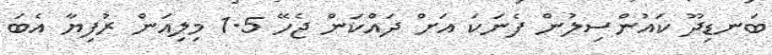
ބަނޑިދޫ ކައުންސިލުން ފެނަކަ އަށް ދައްކަން ޖެހޭ 1.5 މިލިއަން ރުފިޔާ އެބަ